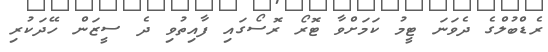
ރެޑްބުލްގެ ދެވަނަ ޓީމު ކަމަށްވާ ޓޮރޯ ރޮސޯގައި ފާއިތުވި ދެ ސީޒަން ހޭދަކުރި